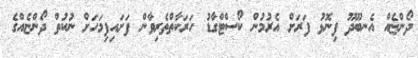
ދޯންޏެއް އެނބޫދޫ ފިނޮޅު ފަރަށް އެރުމުން ކޯސްޓްގާޑު ހަރަކާތްތެރިވާން ފަށައިފިމަހަށް ނުކުތް ދޯންޏެއްގެ